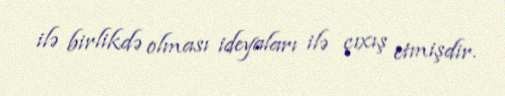
ilə birlikdə olması ideyaları ilə çıxış etmişdir.